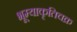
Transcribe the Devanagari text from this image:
भूम्याकृतिचक्र